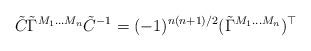
LaTeX: \begin{align*}\tilde{C} \tilde{\Gamma}^{M_1 \ldots M_n} \tilde{C}^{-1} = (-1)^{n(n+1)/2} (\tilde{\Gamma}^{M_1 \ldots M_n})^{\top}\end{align*}